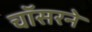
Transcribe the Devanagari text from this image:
चॉसरने